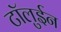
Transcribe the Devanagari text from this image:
टॉलुईन